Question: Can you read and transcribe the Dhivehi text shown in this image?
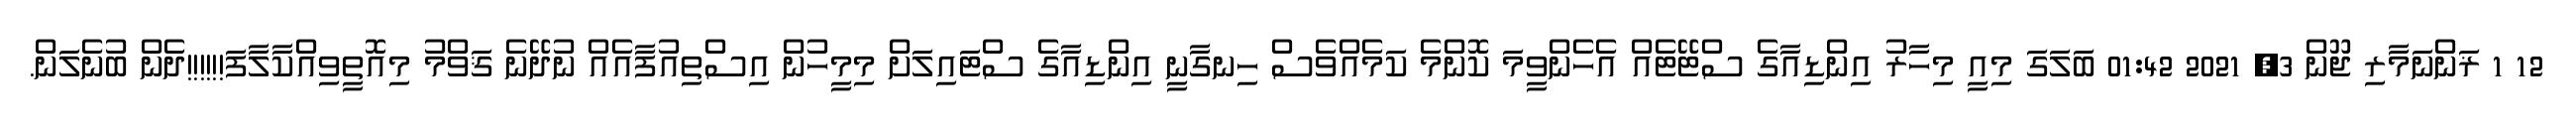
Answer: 12 1 ޜަންނަމާރި ޖޫން 3, 2021 01:42 ބަލަގަ މިއީ މިހާރު އިންޑިއާގެ ސްޓޭޓެއް އެހެންވީމަ ކޮންމެ ކަމެއްވެސް ހިނގާނީ އިންޑިއާގެ ސްޓައިލަށް މިމީހުން އިސްތިއުފާއެއް ނުދޭނެ ޤަވްމު މިއޮތީވިއްކާލާފަ!!!!!!ދެން ބުނެލަން.